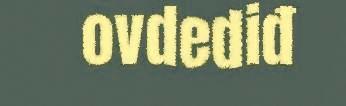
ovdediđ